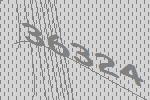
36324